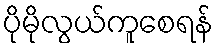
ပိုမိုလွယ်ကူစေရန်